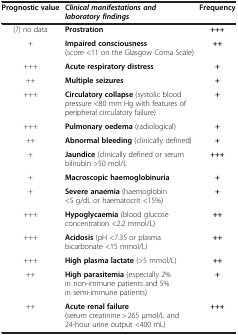
| Prognostic value | Clinical manifestations and laboratory findings | Frequency |
 | --- | --- | --- |
 | (?) no data | Prostration | +++ |
 | + | Impaired consciousness (score <11 on the Glasgow Coma Scale) | ++ |
 | +++ | Acute respiratory distress | + |
 | ++ | Multiple seizures | + |
 | +++ | Circulatory collapse (systolic blood pressure <80 mm Hg with features of peripheral circulatory failure) | + |
 | +++ | Pulmonary oedema (radiological) | + |
 | ++ | Abnormal bleeding (clinically defined) | + |
 | + | Jaundice (clinically defined or serum bilirubin >50 mol/L | +++ |
 | + | Macroscopic haemoglobinuria | + |
 | + | Severe anaemia (haemoglobin <5 g/dL or haematocrit <15%) | + |
 | +++ | Hypoglycaemia (blood glucose concentration <2.2 mmol/L) | ++ |
 | +++ | Acidosis (pH <7.35 or plasma bicarbonate <15 mmol/L) | ++ |
 | +++ | High plasma lactate (>5 mmol/L) | ++ |
 | ++ | High parasitemia (especially 2% in non-immune patients and 5% in semi-immune patients) | + |
 | ++ | Acute renal failure (serum creatinine > 265 μmol/L and 24-hour urine output <400 mL) | +++ |